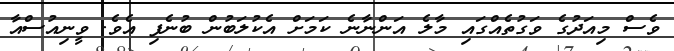
ވެސް މިއަދުގެ ވަގުތެއްގައި މާލެ އަންނާނެ ކަމަށް އެކުލަބުން ބުނެފި އެވެ. ވީނިއުސްއާ